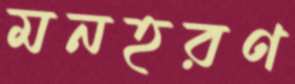
মনহরণ